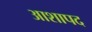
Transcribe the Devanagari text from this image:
आशापद